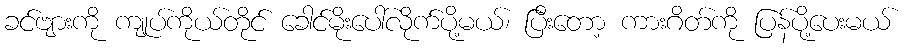
ခင်ဗျားကို ကျုပ်ကိုယ်တိုင် ခေါင်မိုးပေါ်လိုက်ပို့မယ်၊ ပြီးတော့ ကားဂိတ်ကို ပြန်ပို့ပေးမယ်